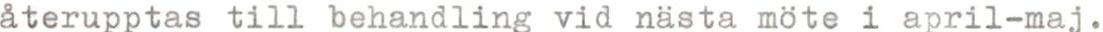
återupptas till behandling vid nästa möte i april-maj.